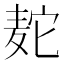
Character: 𫜒